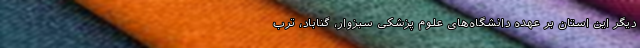
دیگر این استان بر عهده دانشگاه‌های علوم پزشکی سبزوار، گناباد، ترب